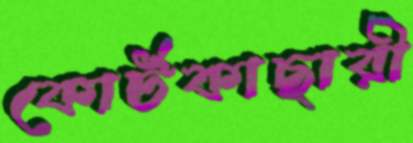
কোর্টকাছারী